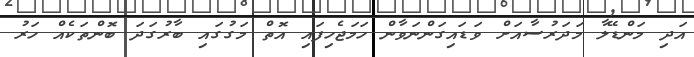
އަދި މަންޑޭލާ މަދަރުސާއަށް ވަޑައިގަންނަވާން ހަމަޖެހިފައި އޮތް މަގުގައި ބާރުގަދަ ބޮންތަކެއް ހަރު